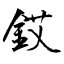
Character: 銰